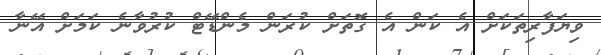
ވިޔަފާރިތަކަށް އެ ކަން އެ ގޮތަށް ކުރަން މެންޑޭޓް ކުރުވާނެ ކަމަށް އޭނާ